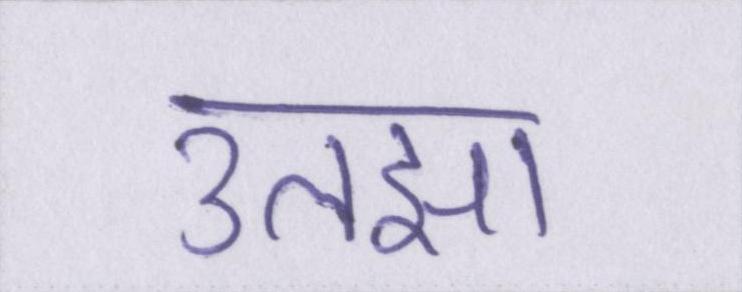
उलझा